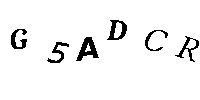
G5ADCR